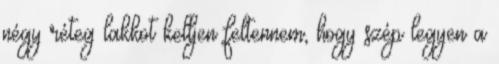
négy réteg lakkot kelljen feltennem, hogy szép legyen a